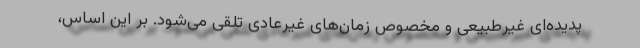
پدیده‌ای غیرطبیعی و مخصوص زمان‌های غیرعادی تلقی می‌شود. بر این اساس،